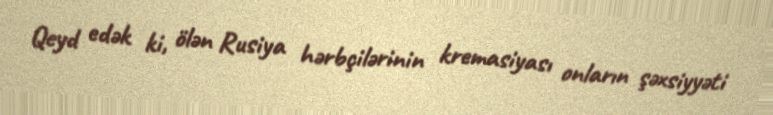
Qeyd edək ki, ölən Rusiya hərbçilərinin kremasiyası onların şəxsiyyəti